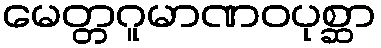
မေတ္တဂူမာဏဝပုစ္ဆာ